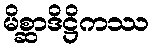
မိစ္ဆာဒိဋ္ဌိကဿ